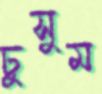
ঢুসুম